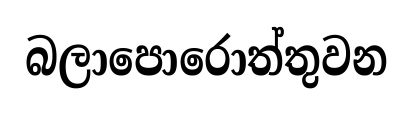
බලාපොරොත්තුවන